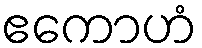
ဧကောဟံ